Lunatic asylums Bombay report 1891-1903 - 1891-1903
Year: 1891
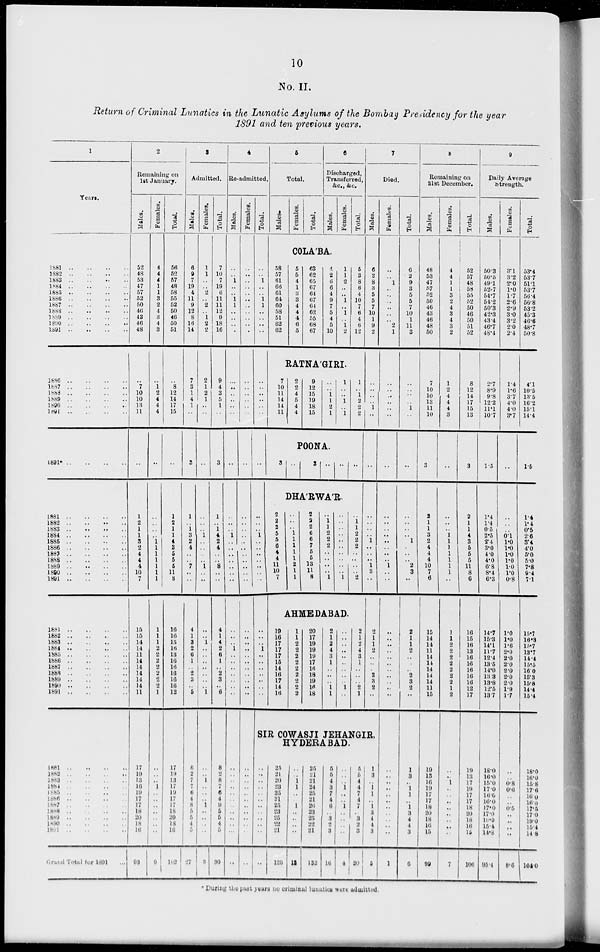
10
No. II.
Return of Criminal Lunatics in the Lunatic Asylums of the Bombay Presidency for the year
1891 and ten previous years.
1
Years.
1881
..
..
..
..
1882
..
..
..
..
1883 .. .. .. ..
1884
..
..
..
..
1885
..
..
..
..
1886 .. .. .. ..
1887
..
..
..
..
1888
..
..
..
..
1889
..
..
..
..
1890
..
..
..
..
1891
..
..
..
..
1886
..
..
..
..
1887
..
..
..
..
1888
..
..
..
..
1889
..
..
..
..
1890
..
..
..
..
1891 .. .. .. ..
1891*
..
..
..
..
1881 .. .. .. ..
1882
..
..
..
..
1883 .. .. .. ..
1884
..
..
..
..
1885 .. .. .. ..
1886
..
..
..
..
1887
..
..
..
..
1888
..
..
..
..
1889 ..
..
..
..
1890
..
..
..
..
1891
..
..
..
..
1881
..
..
..
..
1882
..
..
..
..
1883
..
..
..
..
1884
..
..
..
..
1885
..
..
..
..
1886
..
..
..
..
1887
..
..
..
..
1888
..
..
..
..
1889
..
..
..
..
1890
..
..
..
..
1891
..
..
..
..
1881
..
..
..
..
1882 .. .. .. ..
1883
..
..
..
..
1884 .. .. .. ..
1885 .. .. .. ..
1886 .. .. .. ..
1887 .. .. .. ..
1888 .. .. .. ..
1889
..
..
..
..
1890 .. .. .. ..
1891 .. .. .. ..
Grand Total for 1891 ...
2
Remaining on
1st January.
Males.
52
48
53
47
57
52
50
46
43
46
48
..
7
10
10
13
11
..
1
2
1
1
3
2
4
4
4
10
7
15
15
14
14
11
14
14
14
14
14
11
17
19
13
16
19
17
17
18
20
18
16
93
Females.
4
4
4
1
1
3
2
4
3
4
3
..
1 2
4
4
4
..
..
..
..
.. 1
1
1
1
1
1
1
1
1
1
2
2
2
2
2
2
2
1
..
..
..
1
..
..
..
..
..
..
..
9
Total.
56
52
57
48
58
55
52
50
46
50
51
..
8
12
14
17
15
..
1
2
1
1
4
3
5
5
5
11
8
16
16
15
16
13
16
16
16
16
16
12
17
19
13
17
19
17
17
18
20
18
16
102
3
Admitted.
Males.
6
9
7
19
4
11
9
12
8
16
14
7
3
1
4
1
..
3
1
..
1
3
2
4
..
..
7
..
..
4
1
3
2
6
1
..
2
3
..
5
8
2
7
7
6
4
8
5
5
4
5
27
Females.
1
1
..
..
2
..
2
..
1
2
2
2
1
2
1
..
..
..
..
..
..
1
..
..
..
..
1
..
..
..
..
1
..
..
..
..
..
..
..
1
..
..
1
..
..
..
1
..
..
..
..
3
Total.
7
10
7
19
6
11
11
12
9
18
16
9
4
3
5
1
..
3
1
..
1
4
2
4
..
..
8
..
..
4
1
4
2
6
1
..
2
3
..
6
8
2
8
7
6
4
9
5
5
4
5
30
4
Re-admitted.
Males.
..
..
1
..
..
1
1
..
..
..
..
..
..
..
..
..
..
..
..
..
..
1
..
..
..
..
..
..
..
..
..
..
1
..
..
..
..
..
..
..
..
..
..
..
..
..
..
..
..
..
..
..
Females.
..
..
..
..
..
..
..
..
..
..
..
..
..
..
..
..
..
..
..
..
..
..
..
..
..
..
..
..
..
..
..
..
..
..
..
..
..
..
..
..
..
..
..
..
..
..
..
..
..
..
..
..
Total.
..
..
1
..
..
1
1
..
..
..
..
..
..
..
..
..
..
..
..
..
..
1
..
..
..
..
..
..
..
..
..
..
1
..
..
..
..
..
..
..
5
Total.
Males.
Females.
Total.
6
Discharged,
Transferred,
&c., &c.
Males.
COLA'BA.
58
57
61
66
61
64
60
58
51
62
62
5
5
4
1
3
3
4
4
4
6
5
63
62
65
67
64
67
64
62
55
68
67
4
2
6
6
4
9
7
5
4
5
10
Females.
1
1
2
..
..
1
..
1
..
1 2
RATNAGIRI
7
10
11
14
14
11
3
2
2
4
5
4
4
9
12
15
19
18
15
..
..
1
1
2
1
POONA.
..
3
..
1
..
..
1
..
1
..
DHARWAR.
2
2
2
5
5
6
4
4
11
10
7
..
..
..
1 1
1
1
1
2
1
1
2
2
2
6
6
7
5
5
13
11
8
..
1
1
2
2
2
..
..
..
..
1
..
..
..
..
..
..
..
..
..
..
1
Total.
5
3
8
6
4
10
7
6
4
6
12
1
..
1
2
2
2
..
..
1
1
2
2
2
..
..
..
..
2
AHMEDABAD.
19
16
17
17
17
15
14
16
17
14
16
1
1
2
2
2
2
2
2
2
2
2
20
17
19
19
19
17
16
18
19
16
18
2
1
2
4
3
1
..
..
..
1
1
..
..
..
..
..
..
..
..
..
1
..
2
1
2
4
3
1
..
..
..
2
1
7
Died.
Males.
6
2
8
3
5
5
7
10
1
9
2
..
..
..
..
1
..
..
..
..
..
..
1
..
..
..
1
3
..
2
1
1
2
..
..
..
2
3
2
..
SIR COWASJI JEHANGIR,
HYDERABAD.
..
..
..
..
..
..
..
..
..
..
..
..
25
21
20
23
25
21
25
23
25
22
21
120
..
..
1
1
..
..
1
..
..
..
..
12
25
21
21
24
25
21
26
23
25
22
21
132
5
5
4
3
7
4
6
..
3
2
3
16
..
..
..
1
..
..
1
..
..
..
..
4
5
5
4
4
7
4
7
..
3
2
3
20
1
3
..
1
1
..
1
3
4
4
3
5
Females.
..
..
1
..
..
..
..
..
..
2
1
..
..
..
..
..
..
..
..
..
..
..
..
..
..
..
1
..
..
..
..
..
..
..
..
..
..
..
..
..
..
..
..
..
..
..
..
..
..
..
..
1
Total.
6
2
9
3
5
5
7
10
1
11
3
..
..
..
..
1
..
..
..
..
..
..
1
..
..
..
2
3
..
2
1
1
2
..
..
..
2
3
2
..
1
3
..
1
1
..
1
3
4
4
3
6
8
Remaining on
31st December.
Males.
48
53
47
57
52
50
46
43
46
48
50
7
10
10
13
11
10
3
2
1
1
3
2
4
4
4
10
7
6
15
14
14
11
14
14
14
14
14
11
15
19
13
16
19
17
17
18
20
18
16
15
99
Females.
4
4
1
1
3 2
4
3
4
3 2
1
2
4
4
4
3
..
..
..
..
1 1
1
1
1
1
1
..
1
1
2
2
2
2
2
2
2
1
2
..
..
1
..
..
..
..
..
..
..
..
7
Total.
52
57
48
58
55
52
50
46
50
51
52
8
12
14
17
15
13
3
2
1
1
4
3
5
5
5
11
8
6
16
15
16
13
16
16
16
16
16
12
17
19
13
17
19
17
17
18
20
18
16
15
106
9
Daily Average
Strength.
Males.
50.3
50.5
49.1
52.7
54.7
54.2
50.3
42.3
43.4
46.7
48.4
2.7
8.9
9.8
12.2
11.1
10.7
1.5
1.4
1.4
0.5
2.5
2.4
3.0
4.0
4.0
6.8
8.4
6.3
14.7
15.3
14.1
11.7
12.4
13.5
14.0
13.3
13.8
12.5
13.7
18.0
16.0
15.0
17.0
16.0
16.0
17.0
17.0
19.0
15.4
14.8
95.4
Females.
3.1
3.2
2.0
1.0
1.7
2.6
2.9
3.0
3.2
2.0
2.4
1.4
1.6
3.7
4.0
4.0
3.7
..
..
..
..
0.1
1.0
1.0
1.0
1.0
1.0
1.0
0.8
1.0
1.0
1.6
2.0
2.0
2.0
2.0
2.0
2.0
1.9
1.7
..
..
0.8
0.6
..
..
0.5
..
..
..
..
8.6
Total.
53.4
53.7
51.1
53.7
56.4
56.8
53.2
45.3
46.6
48.7
50.8
4.1
10.5
13.5
16.2
15.1
14.4
1.5
1.4
1.4
0.5
2.6
3.4
4.0
5.0
5.0
7.8
9.4
7.1
15.7
16.3
15.7
13.7
14.4
15.5
16.0
15.3
15.8
14.4
15.4
18.0
16.0
15.8
17.6
16.0
16.0
17.5
17.0
19.0
15.4
14.8
104.0
*During the past years no criminal lunatics were admitted.